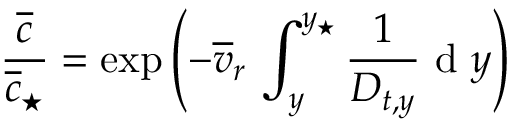
\frac { \overline { { c } } } { \overline { { c } } _ { \star } } = \exp \left( - \overline { { v } } _ { r } \, \int _ { y } ^ { y _ { \star } } \frac { 1 } { D _ { t , y } } \mathrm { ~ d ~ } y \right)